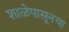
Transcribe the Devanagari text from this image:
शाळेपासूनचा